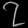
Digit: ၇